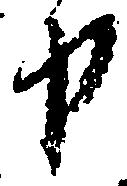
申